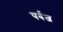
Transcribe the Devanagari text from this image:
पर्वज